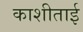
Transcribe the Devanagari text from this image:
काशीताई